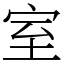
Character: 室